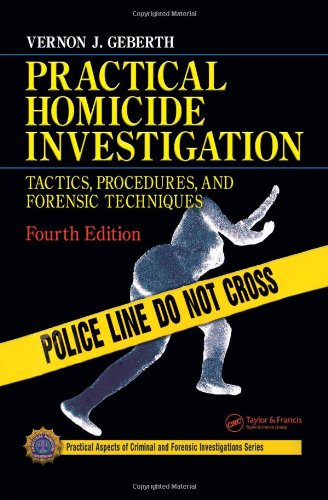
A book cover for Forensic Science University Package: Practical Homicide Investigation, Fourth Edition; Vernon J. Geberth; Law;